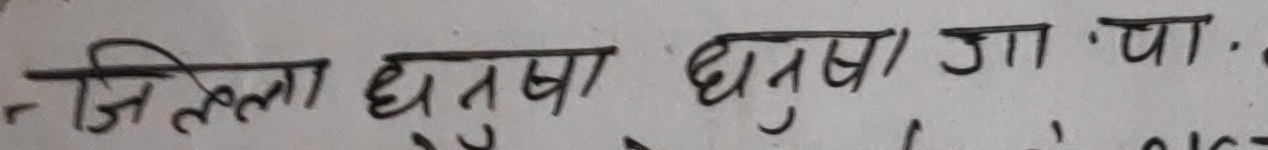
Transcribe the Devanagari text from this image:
जिल्ला धनुषा धनुषा, जा.पा.